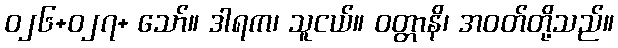
ဝ၂၆+ဝ၂၇+ သော်။ ဒါရက၊ သူငယ်။ ဝတ္တာနိ၊ အဝတ်တို့သည်။